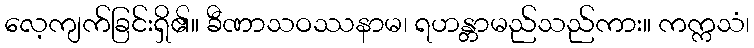
လေ့ကျက်ခြင်းရှိ၏။ ခီဏာသဝဿနာမ၊ ရဟန္တာမည်သည်ကား။ ကက္ကသံ၊